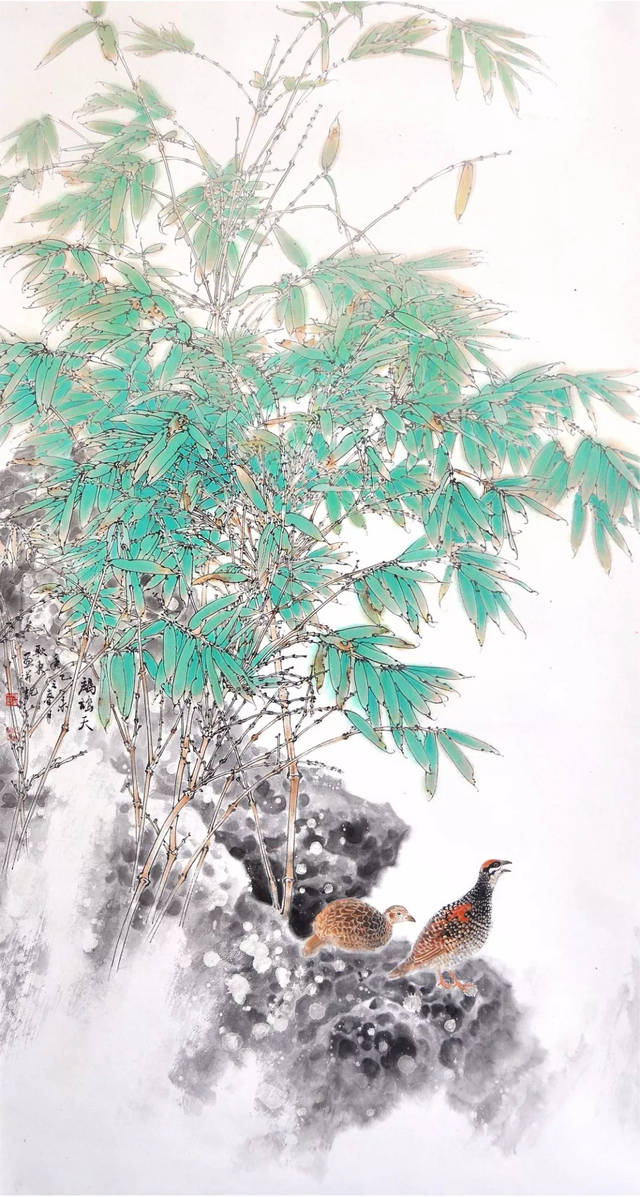
危桥属幽径，缭绕穿疏林。